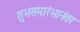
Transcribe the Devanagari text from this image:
शुभसमारंभानंतर